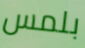
بلمس